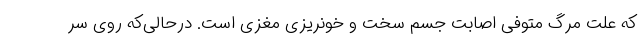
که علت مرگ متوفی اصابت جسم سخت و خونریزی مغزی است. درحالی‌که روی سر